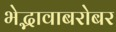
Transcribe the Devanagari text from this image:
भेद्भावाबरोबर